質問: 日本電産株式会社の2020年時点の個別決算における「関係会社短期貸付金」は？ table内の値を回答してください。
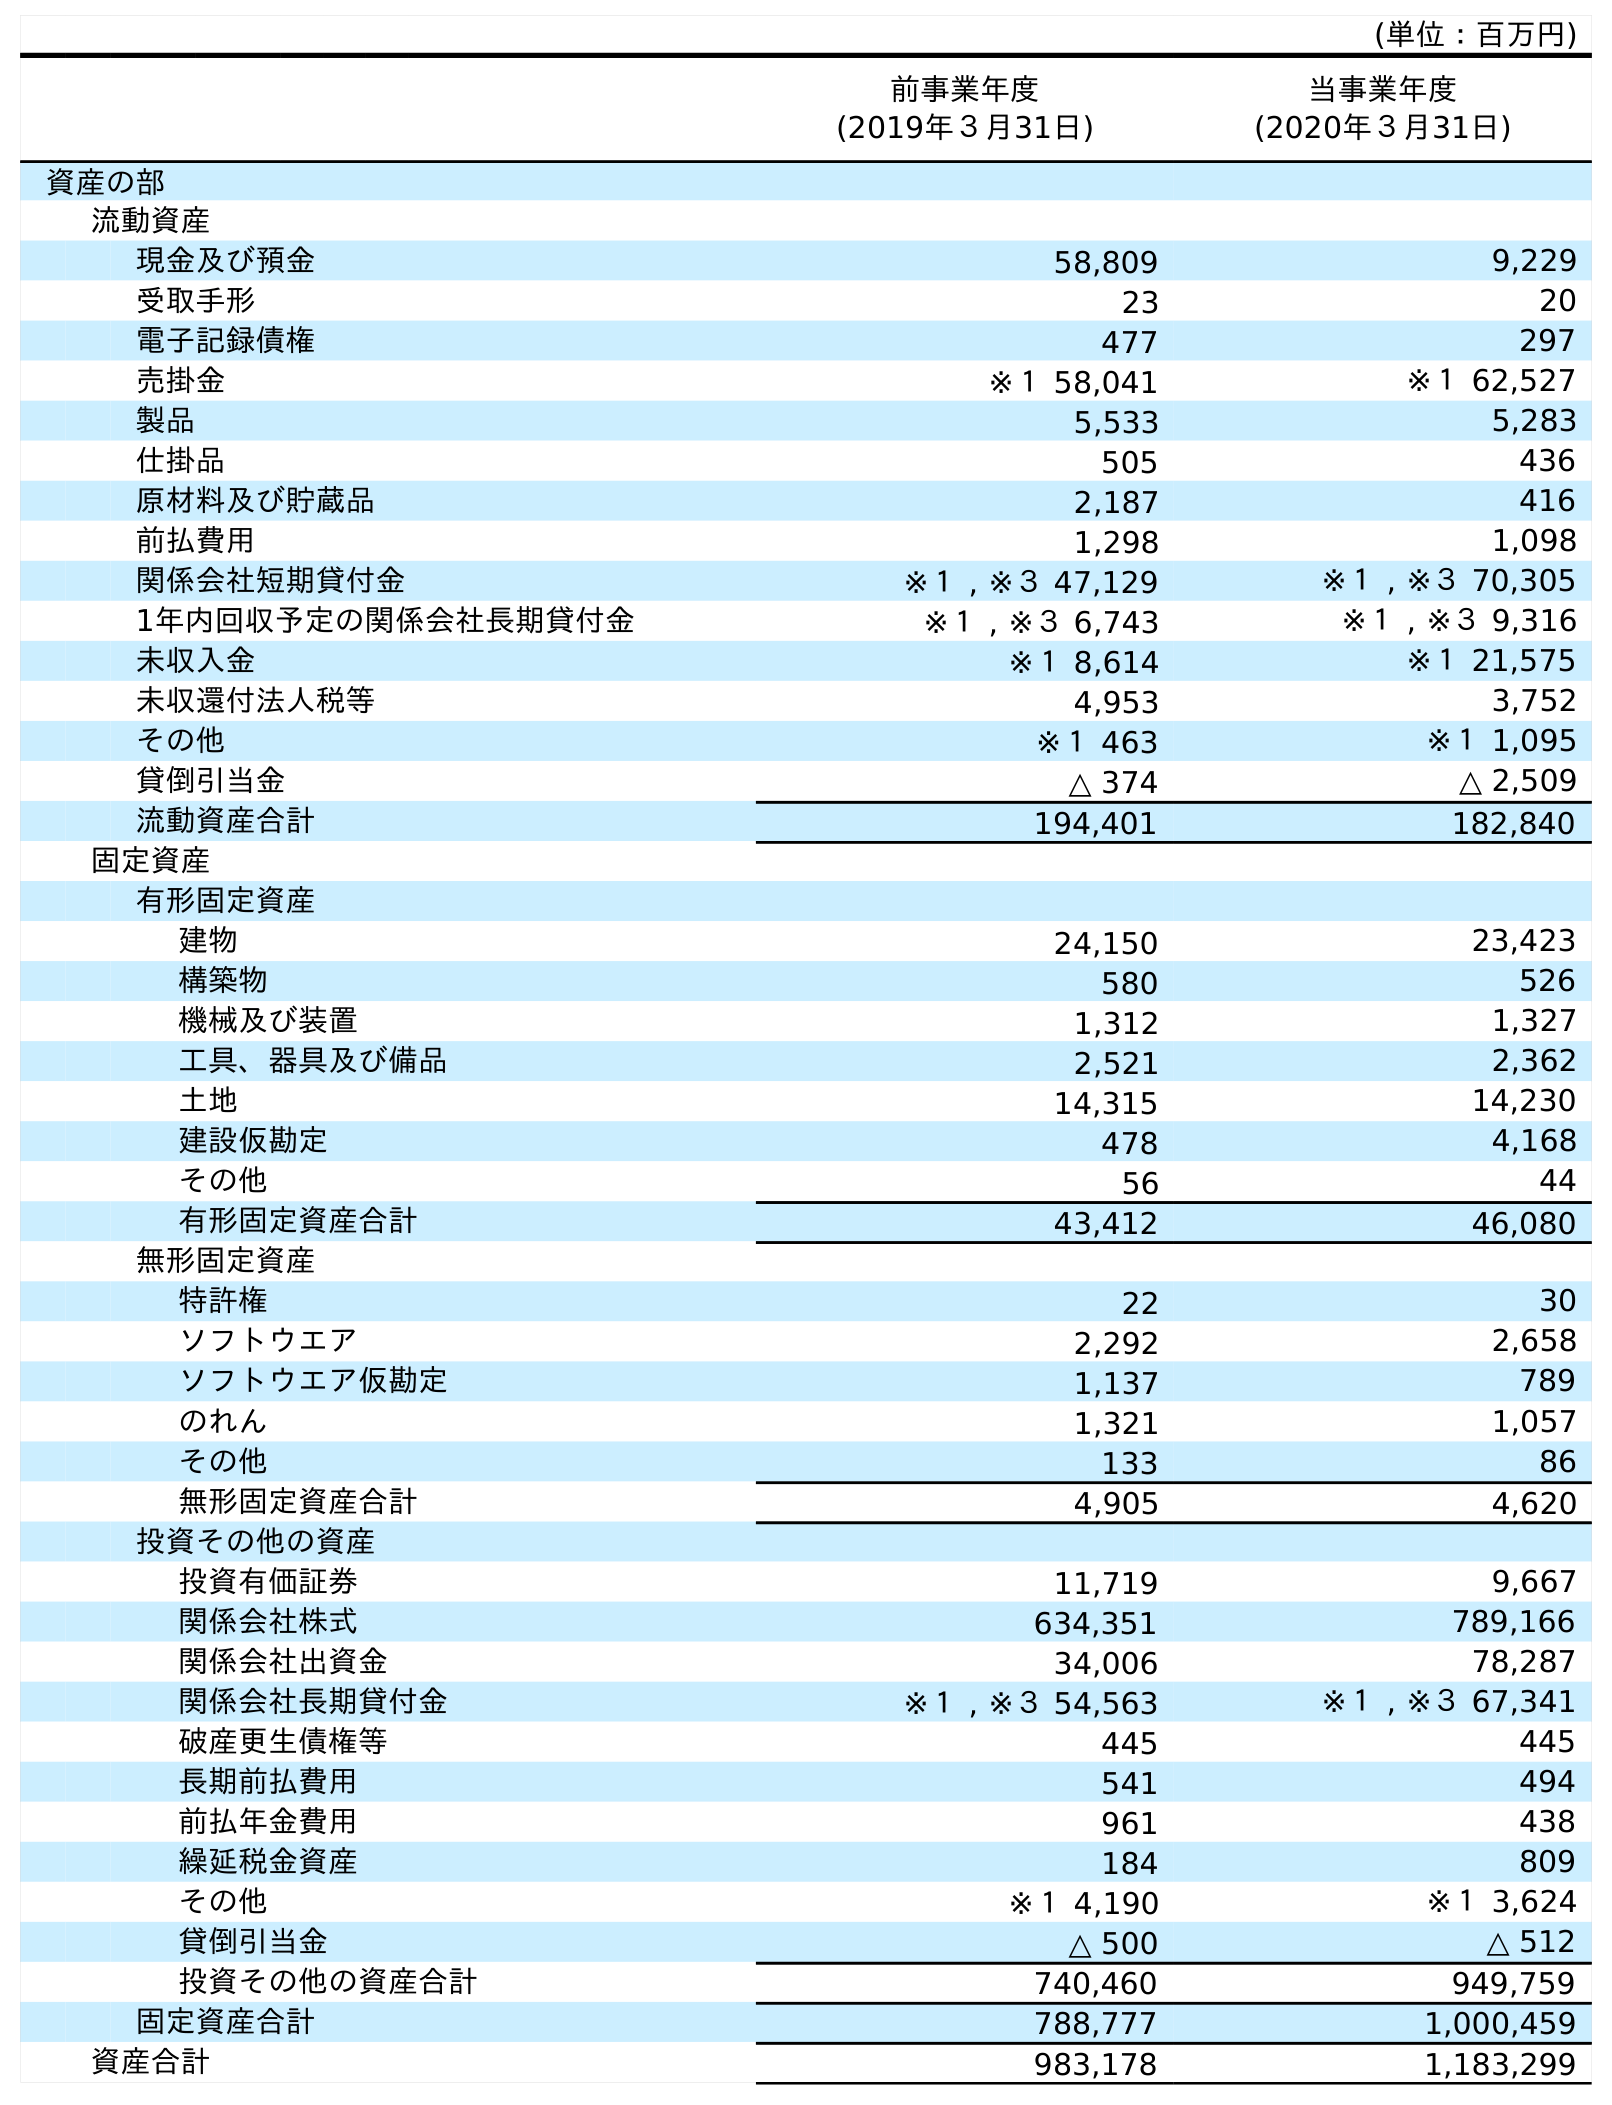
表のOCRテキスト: (単位：百万円) 前事業年度 (2019年３月31日) 当事業年度 (2020年３月31日) 資産の部 流動資産 現金及び預金 58,809 9,229 受取手形 23 20 電子記録債権 477 297 売掛金 ※１ 58,041 ※１ 62,527 製品 5,533 5,283 仕掛品 505 436 原材料及び貯蔵品 2,187 416 前払費用 1,298 1,098 関係会社短期貸付金 ※１ , ※３ 47,129 ※１ , ※３ 70,305 1年内回収予定の関係会社長期貸付金 ※１ , ※３ 6,743 ※１ , ※３ 9,316 未収入金 ※１ 8,614 ※１ 21,575 未収還付法人税等 4,953 3,752 その他 ※１ 463 ※１ 1,095 貸倒引当金 △ 374 △ 2,509 流動資産合計 194,401 182,840 固定資産 有形固定資産 建物 24,150 23,423 構築物 580 526 機械及び装置 1,312 1,327 工具、器具及び備品 2,521 2,362 土地 14,315 14,230 建設仮勘定 478 4,168 その他 56 44 有形固定資産合計 43,412 46,080 無形固定資産 特許権 22 30 ソフトウエア 2,292 2,658 ソフトウエア仮勘定 1,137 789 のれん 1,321 1,057 その他 133 86 無形固定資産合計 4,905 4,620 投資その他の資産 投資有価証券 11,719 9,667 関係会社株式 634,351 789,166 関係会社出資金 34,006 78,287 関係会社長期貸付金 ※１ , ※３ 54,563 ※１ , ※３ 67,341 破産更生債権等 445 445 長期前払費用 541 494 前払年金費用 961 438 繰延税金資産 184 809 その他 ※１ 4,190 ※１ 3,624 貸倒引当金 △ 500 △ 512 投資その他の資産合計 740,460 949,759 固定資産合計 788,777 1,000,459 資産合計 983,178 1,183,299
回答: ※１,※３70,305